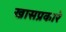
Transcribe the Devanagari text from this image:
खासप्रकारे